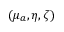
( \mu _ { a } , \eta , \zeta )